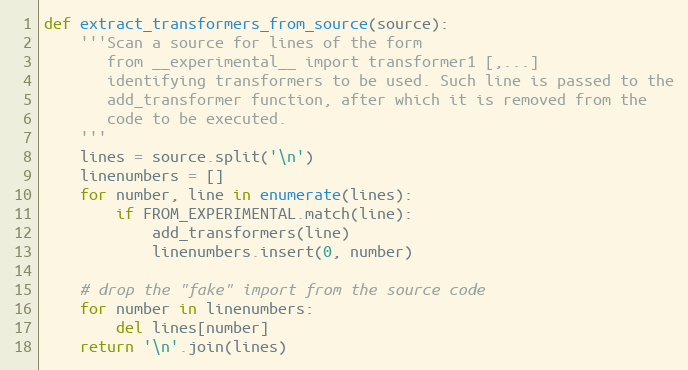
Language: Python
def extract_transformers_from_source(source):
    '''Scan a source for lines of the form
       from __experimental__ import transformer1 [,...]
       identifying transformers to be used. Such line is passed to the
       add_transformer function, after which it is removed from the
       code to be executed.
    '''
    lines = source.split('\n')
    linenumbers = []
    for number, line in enumerate(lines):
        if FROM_EXPERIMENTAL.match(line):
            add_transformers(line)
            linenumbers.insert(0, number)

    # drop the "fake" import from the source code
    for number in linenumbers:
        del lines[number]
    return '\n'.join(lines)